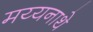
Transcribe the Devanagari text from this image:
मय्यनाथे